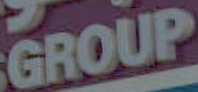
GROUP